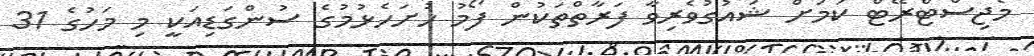
މެޖިސްޓްރޭޓް ކަމަަށް ޝައުގުވެރިވާ ފަރާތްތަކުން ފޯމު ހުށަހެޅުމުގެ ސުންގަޑިއަކީ މި މަހުގެ 31